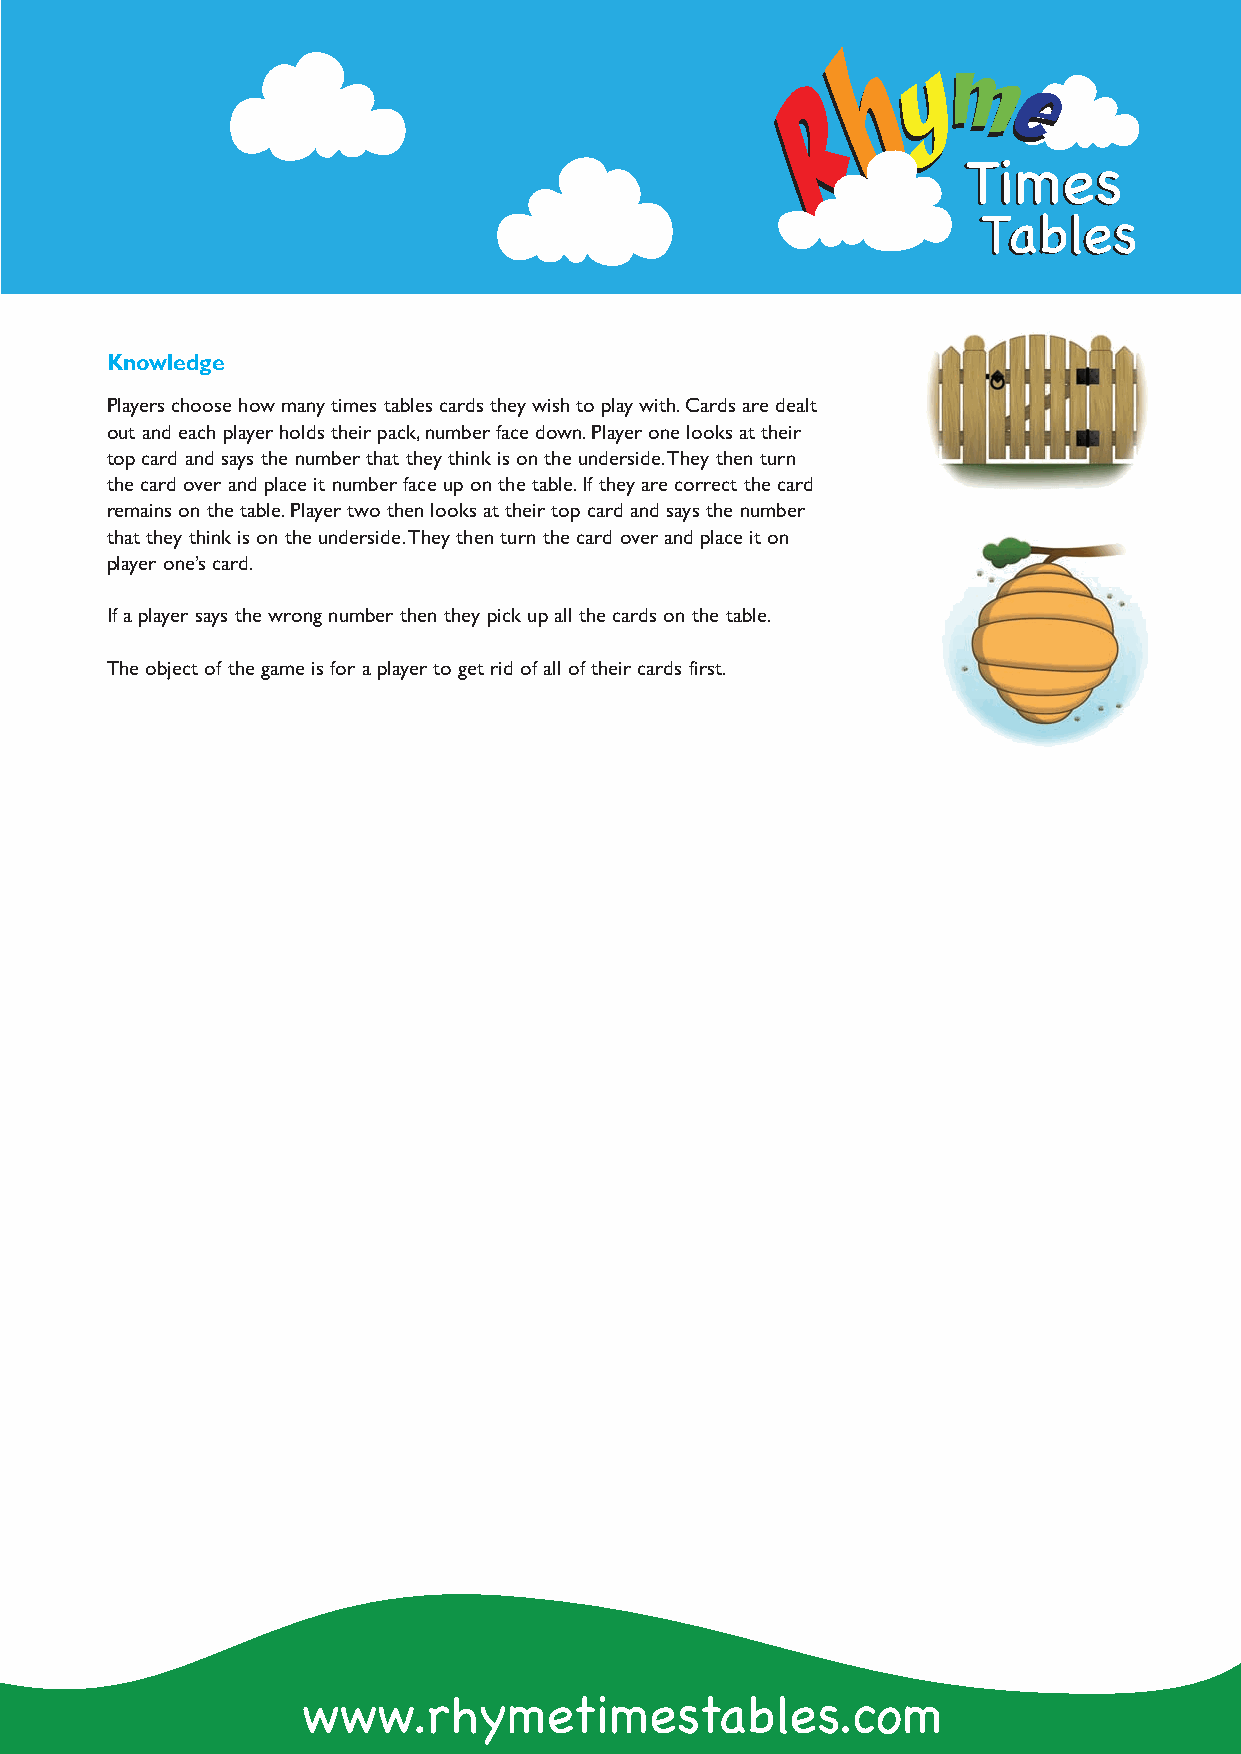
TTiimmeess
 TTaabblleess
 Knowledge
 Players choose how many times tables cards they wish to play with.Cards are dealt
 out and each player holds their pack,number face down.Player one looks at their
 top card and says the number that they think is on the underside.They then turn
 the card over and place it number face up on the table.If they are correct the card
 remains on the table.Player two then looks at their top card and says the number
 that they think is on the underside.They then turn the card over and place it on
 player one’s card.
 If a player says the wrong number then they pick up all the cards on the table.
 The object of the game is for a player to get rid of all of their cards first.
 www.rhymetimestables.com